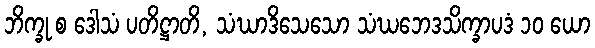
ဘိက္ခု စ ဒေါသံ ပတိဋ္ဌာတိ, သံဃာဒိသေသော သံဃဘေဒသိက္ခာပဒံ ၁၀ ယော